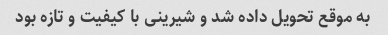
به موقع تحویل داده شد و شیرینی با کیفیت و تازه بود